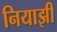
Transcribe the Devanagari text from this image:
नियाझी